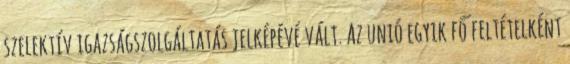
szelektív igazságszolgáltatás jelképévé vált. Az unió egyik fő feltételként